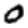
Digit: 0